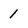
Character: 1